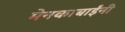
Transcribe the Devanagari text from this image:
मेनकाबाईंनी